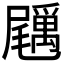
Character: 𡳲